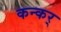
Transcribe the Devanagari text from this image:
कन्कर्